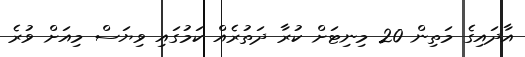
އާދައިގެ މަތިން 20 މިނިޓަށް ކުރާ ދަތުރެއް ކަމުގައި ވިޔަސް މިއަށް ވުރެ